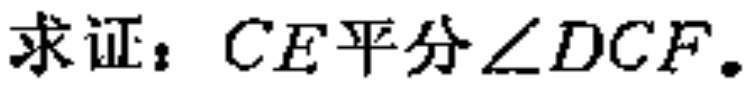
求证：$CE平分\angle DCF。$